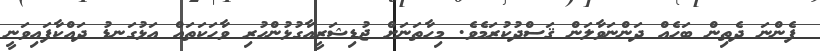
ފެންނަ ދެތިން ބަހެއް ދަންނަވާލަން ޤަސްދުކުރަމެވެ. މިހާތަނަށް ޖުޑިޝަރީއާގުޅުންހުރި ވާހަކަތައް އަޅުގަނޑު ދައްކާފައިވަނީ